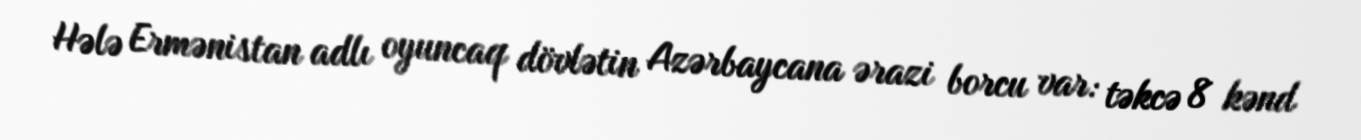
Hələ Ermənistan adlı oyuncaq dövlətin Azərbaycana ərazi borcu var: təkcə 8 kənd